Leprosy in India: report of the Leprosy Commission in India, 1890-91
Year: 1890
Disease focus: Leprosy
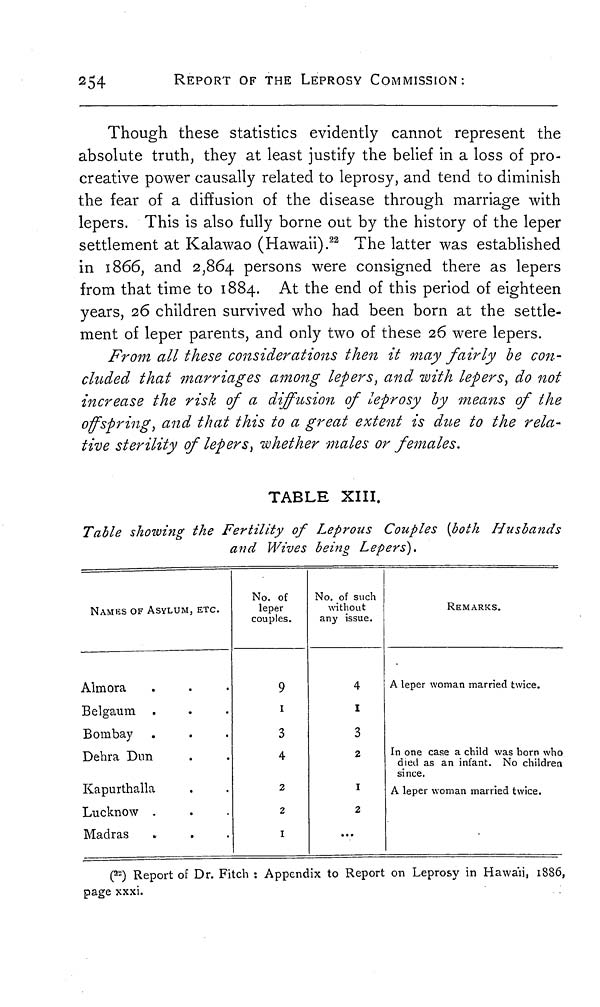
254
REPORT OF THE LEPROSY COMMISSION:
Though these statistics evidently cannot represent the
absolute truth, they at least justify the belief in a loss of pro-
creative power causally related to leprosy, and tend to diminish
the fear of a diffusion of the disease through marriage with
lepers. This is also fully borne out by the history of the leper
settlement at Kalawao (Hawaii). 23 The latter was established
in 1866, and 2,864 persons were consigned there as lepers
from that time to 1884. At the end of this period of eighteen
years, 26 children survived who had been born at the settle-
ment of leper parents, and only two of these 26 were lepers.
From all these considerations then it may fairly he con-
cluded that marriages among lepers, and with lepers, do not
increase the risk of a diffusion of leprosy by means of the
offspring, and that this to a great extent is due to the rela-
tive sterility of lepers, whether males or females.
TABLE XIII.
Table showing the Fertility of Leprous Couples [both Husbands
and Wives being Lepers').
NAMES OF ASYLUM, ETC.
Almora
Belgaum
Bombay
Dehra Dun
Kapurthalla
Lucknow .
Madras
No. of
leper
couples.
9
1
3
4
2
2
1
No. of such
without
any issue.
4
1
3
2
1
2
...
REMARKS.
A leper woman married twice.
In one case a child was born who
died as an infant. No children
since.
A leper woman married twice.
(
22
) Report of Dr. Fitch : Appendix to Report on Leprosy in Hawaii, 1886,
page xxxi.